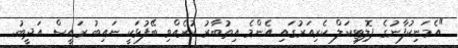
"އެމަނިކުފާނުގެ ޕޮލިޓިކަލް ކެރިއަރުގައި އެންމެ އިތުބާރު ކުރެއްވި ބޭފުޅަކީ ނައިބު ރައީސް އަދީބު.